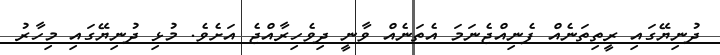
ދުނިޔޭގައި ރީތިތަނެއް ފެނިއްޖެނަމަ އެތަނެއް ވާނީ ދިވެހިރާއްޖެ އަށެވެ. މުޅި ދުނިޔޭގައި މިހާރު